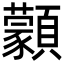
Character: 𩕱